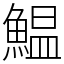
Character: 鰛